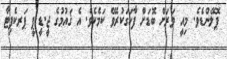
ޕޮލޭންޑެވެ. މިއީ ވަރަށް ބޮޑަށް ފާހަގަކުރެވޭ ކަމެކެވެ. އެ ޤައުމުގެ ޖީ.ޑީ.ޕީ ޕަރކެޕިޓާ